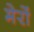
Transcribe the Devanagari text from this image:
मेरों